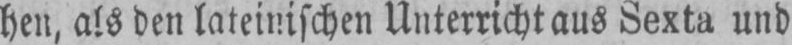
den lateinischen Unterricht aus Sexta und